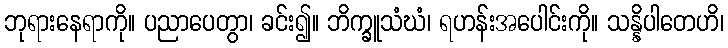
ဘုရားနေရာကို။ ပညာပေတွာ၊ ခင်း၍။ ဘိက္ခူသံဃံ၊ ရဟန်းအပေါင်းကို။ သန္နိပါတေဟိ၊